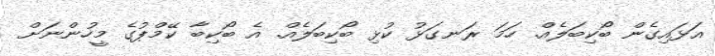
އަޅައިގެން ބޯކިބަލެއް. ހަމަ ރަނގަޅު ކުޅި ބޯކިބަލެއް. އެ ބޯކިބާ ކޭމްޕުގެ މީހުންނަށް